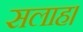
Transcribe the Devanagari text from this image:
सलाह।